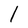
Character: l